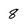
Character: 8